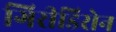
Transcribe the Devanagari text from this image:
गिरीडिरोन